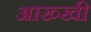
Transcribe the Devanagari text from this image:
आख्खी